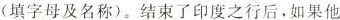
(填字母及名称)。结束了印度之行后，如果他